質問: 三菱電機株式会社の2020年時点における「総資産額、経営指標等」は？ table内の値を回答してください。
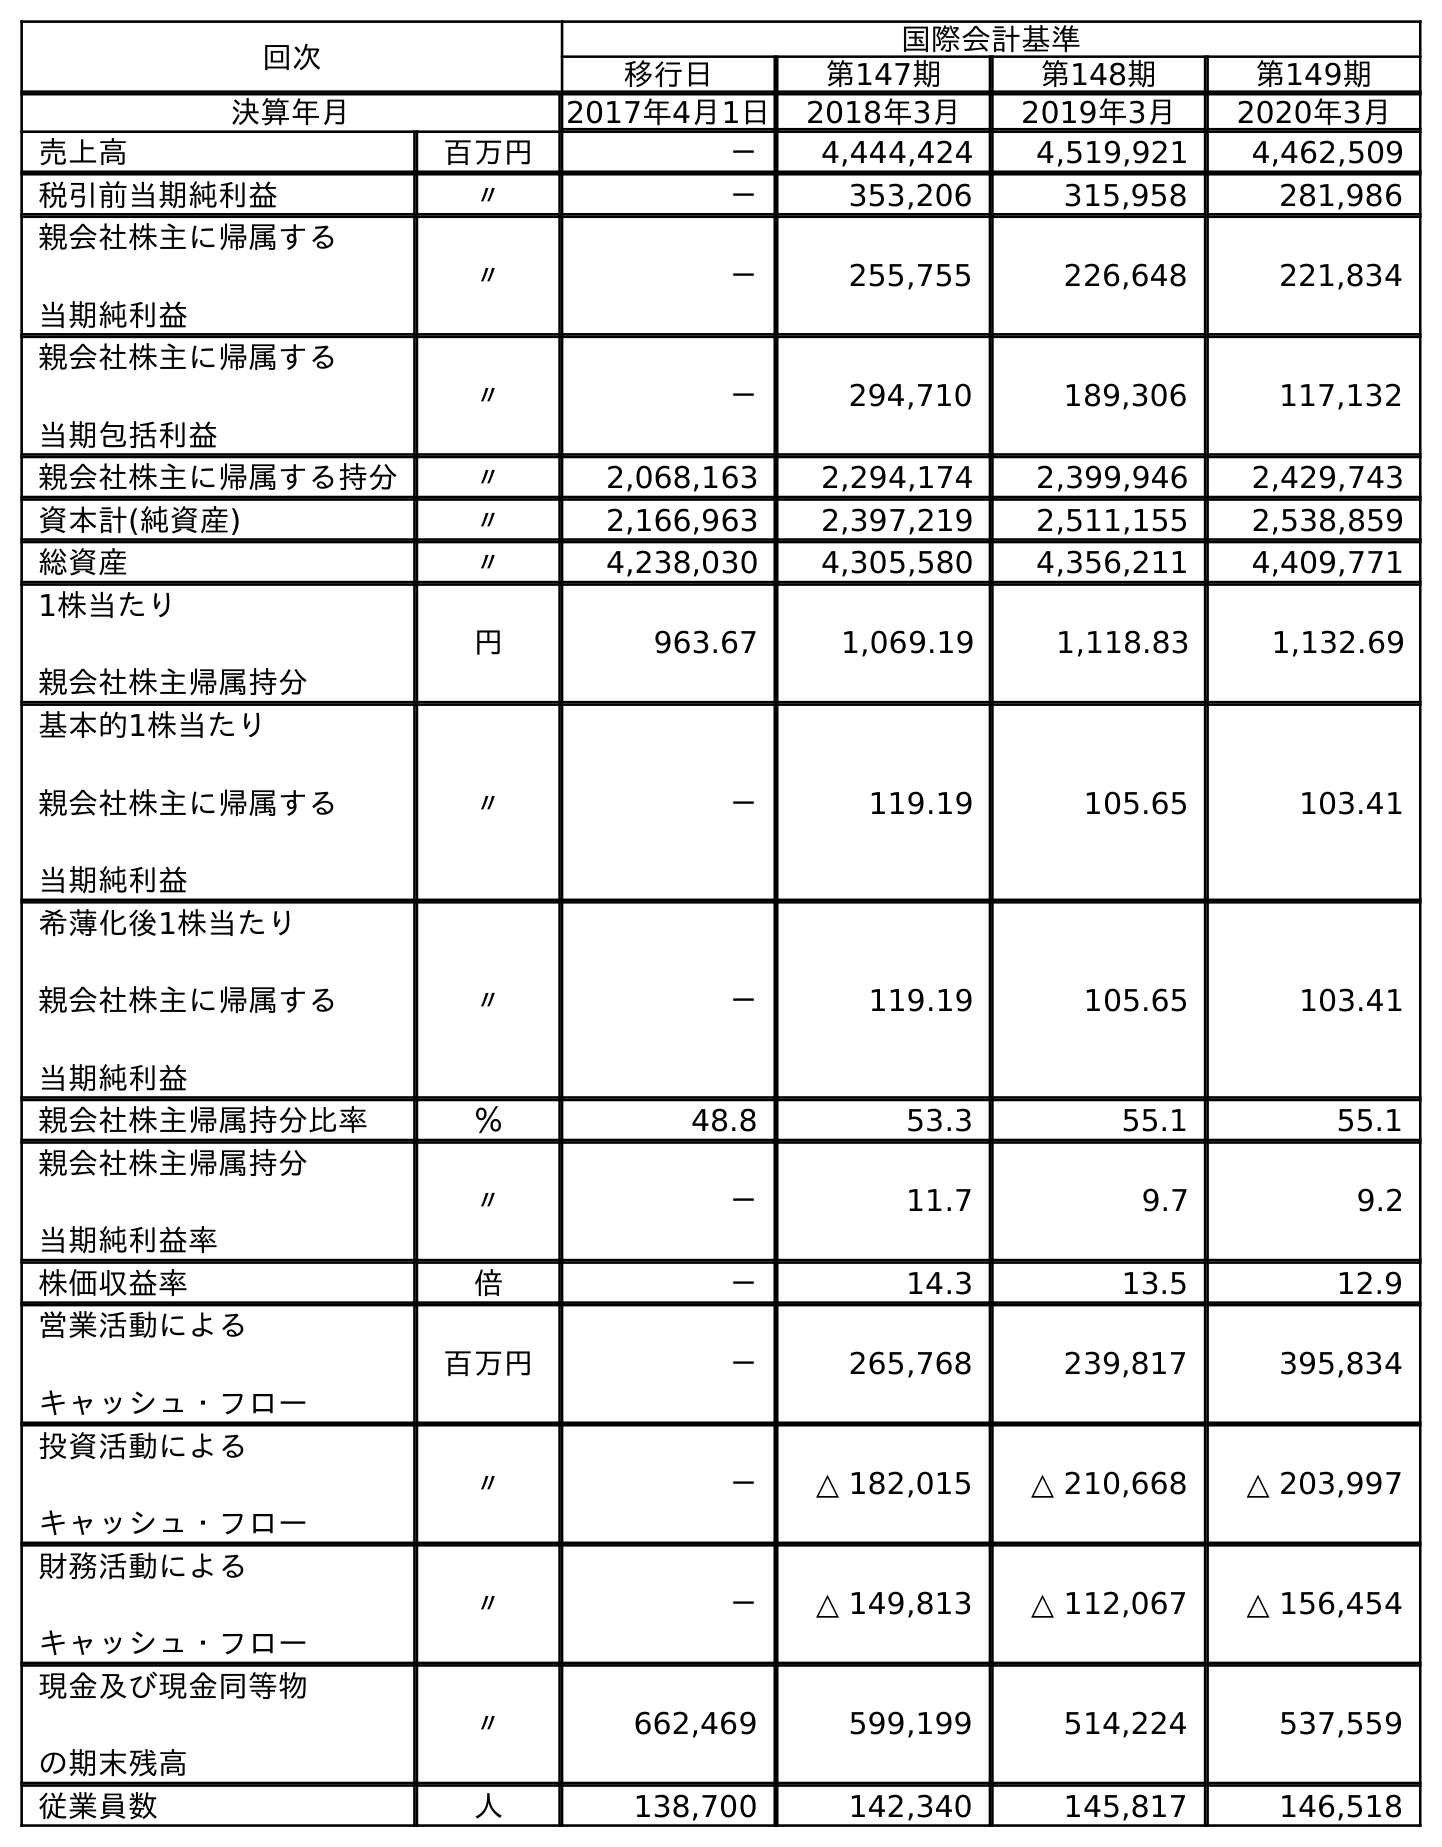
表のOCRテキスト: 回次 国際会計基準 移行日 第147期 第148期 第149期 決算年月 2017年4月1日 2018年3月 2019年3月 2020年3月 売上高 百万円 － 4,444,424 4,519,921 4,462,509 税引前当期純利益 〃 － 353,206 315,958 281,986 親会社株主に帰属する 当期純利益 〃 － 255,755 226,648 221,834 親会社株主に帰属する 当期包括利益 〃 － 294,710 189,306 117,132 親会社株主に帰属する持分 〃 2,068,163 2,294,174 2,399,946 2,429,743 資本計(純資産) 〃 2,166,963 2,397,219 2,511,155 2,538,859 総資産 〃 4,238,030 4,305,580 4,356,211 4,409,771 1株当たり 親会社株主帰属持分 円 963.67 1,069.19 1,118.83 1,132.69 基本的1株当たり 親会社株主に帰属する 当期純利益 〃 － 119.19 105.65 103.41 希薄化後1株当たり 親会社株主に帰属する 当期純利益 〃 － 119.19 105.65 103.41 親会社株主帰属持分比率 ％ 48.8 53.3 55.1 55.1 親会社株主帰属持分 当期純利益率 〃 － 11.7 9.7 9.2 株価収益率 倍 － 14.3 13.5 12.9 営業活動による キャッシュ・フロー 百万円 － 265,768 239,817 395,834 投資活動による キャッシュ・フロー 〃 － △ 182,015 △ 210,668 △ 203,997 財務活動による キャッシュ・フロー 〃 － △ 149,813 △ 112,067 △ 156,454 現金及び現金同等物 の期末残高 〃 662,469 599,199 514,224 537,559 従業員数 人 138,700 142,340 145,817 146,518
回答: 4,409,771